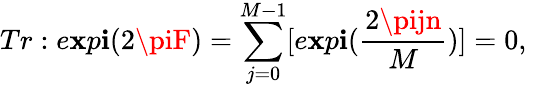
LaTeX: Tr:e\mathbf{x}p\mathbf{i}(2\piF)=\sum_{j=0}^{M-1}[e\mathbf{x}p\mathbf{i}({\frac{{2\pijn}}{{{M}}}})]=0,\quad